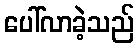
ပေါ်လာခဲ့သည်